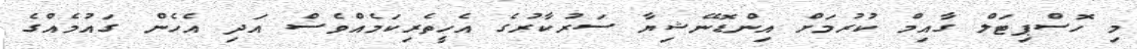
މި ހޮސްޕިޓަލް ގާއިމް ކުރުމަށް އިންޑޮނޭޝިޔާ ސަރުކާރުގެ އެހީތެރިކަމެއްވެސް އަދި އެހެން ގައުމެއްގެ